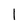
Character: 1